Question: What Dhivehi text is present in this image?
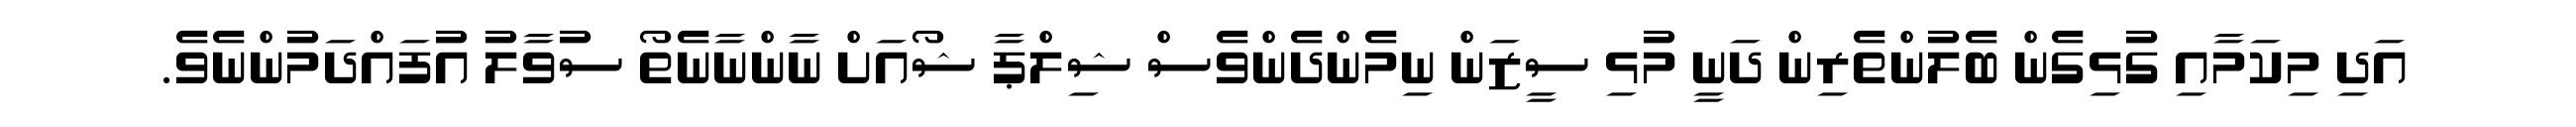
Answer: އަދި މިކަމާއި ގުޅިގެން ބެލުންތެރިން ދަނީ މުޅި ސީޒަން ނިމެންދެންވެސް ޝިލްޕާ ޝޯއަށް ނާންނާނެތޯ ސުވާލު އުފައްދަމުންނެވެ.